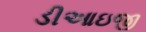
ડીઆઇજી